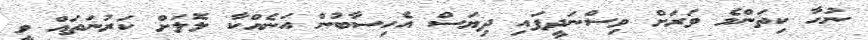
ނުހާ ކިތަންމެ ވަރަށް ވިސްނަދީފައި ދިޔަސް އެހިސާބުން އަނެއްކާ ލޮލަށް ކަރުނަތައް ވީ